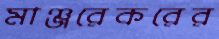
মাঞ্জরেকরের